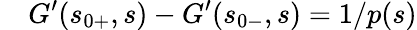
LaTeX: \quad G^{\prime}(s_{0+},s)-G^{\prime}(s_{0-},s)=1/p(s)